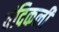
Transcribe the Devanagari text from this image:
वंदिकली